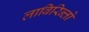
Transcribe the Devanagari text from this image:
लाबिरिन्तो